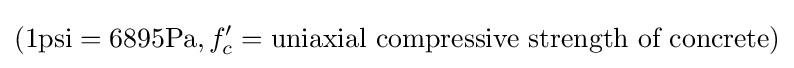
(1{\mbox{psi}}=6895{\mbox{Pa}},f_{c}'={\mbox{uniaxial compressive strength of concrete}})